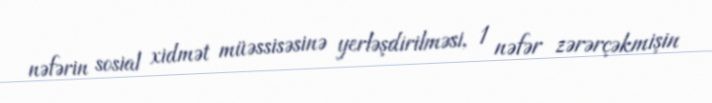
nəfərin sosial xidmət müəssisəsinə yerləşdirilməsi, 1 nəfər zərərçəkmişin